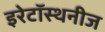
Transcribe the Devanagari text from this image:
इरेटॉस्थनीज